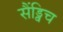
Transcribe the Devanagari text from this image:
सैंड्विच